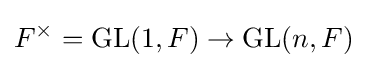
F^{\times }=\operatorname {GL} (1,F)\to \operatorname {GL} (n,F)